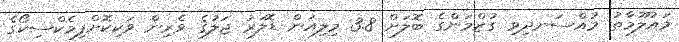
މައުލޫމާތު މުއްސަނދިވި ގުޒްމަންގެ ބޮލަށް 3.8 މިލިއަން ޑޮލަރު ޖަލުގެ ވެރިން ވަކިކޮށްފިމެކްސިކޯގެ